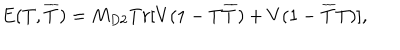
E ( T , \overline { { { T } } } ) = M _ { D 2 } T r [ V ( 1 - T \overline { { { T } } } ) + V ( 1 - \overline { { { T } } } T ) ] ,